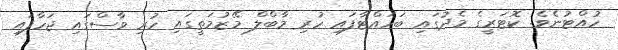
ހުއްޓުނެވެ. ކޮޓަރީގެ މެދުގައި ބަހައްޓާފައި ހުރި މާބްލް މޭޒުމަތީގައި ހުރި ވާސްގައި ޖަހާފައި